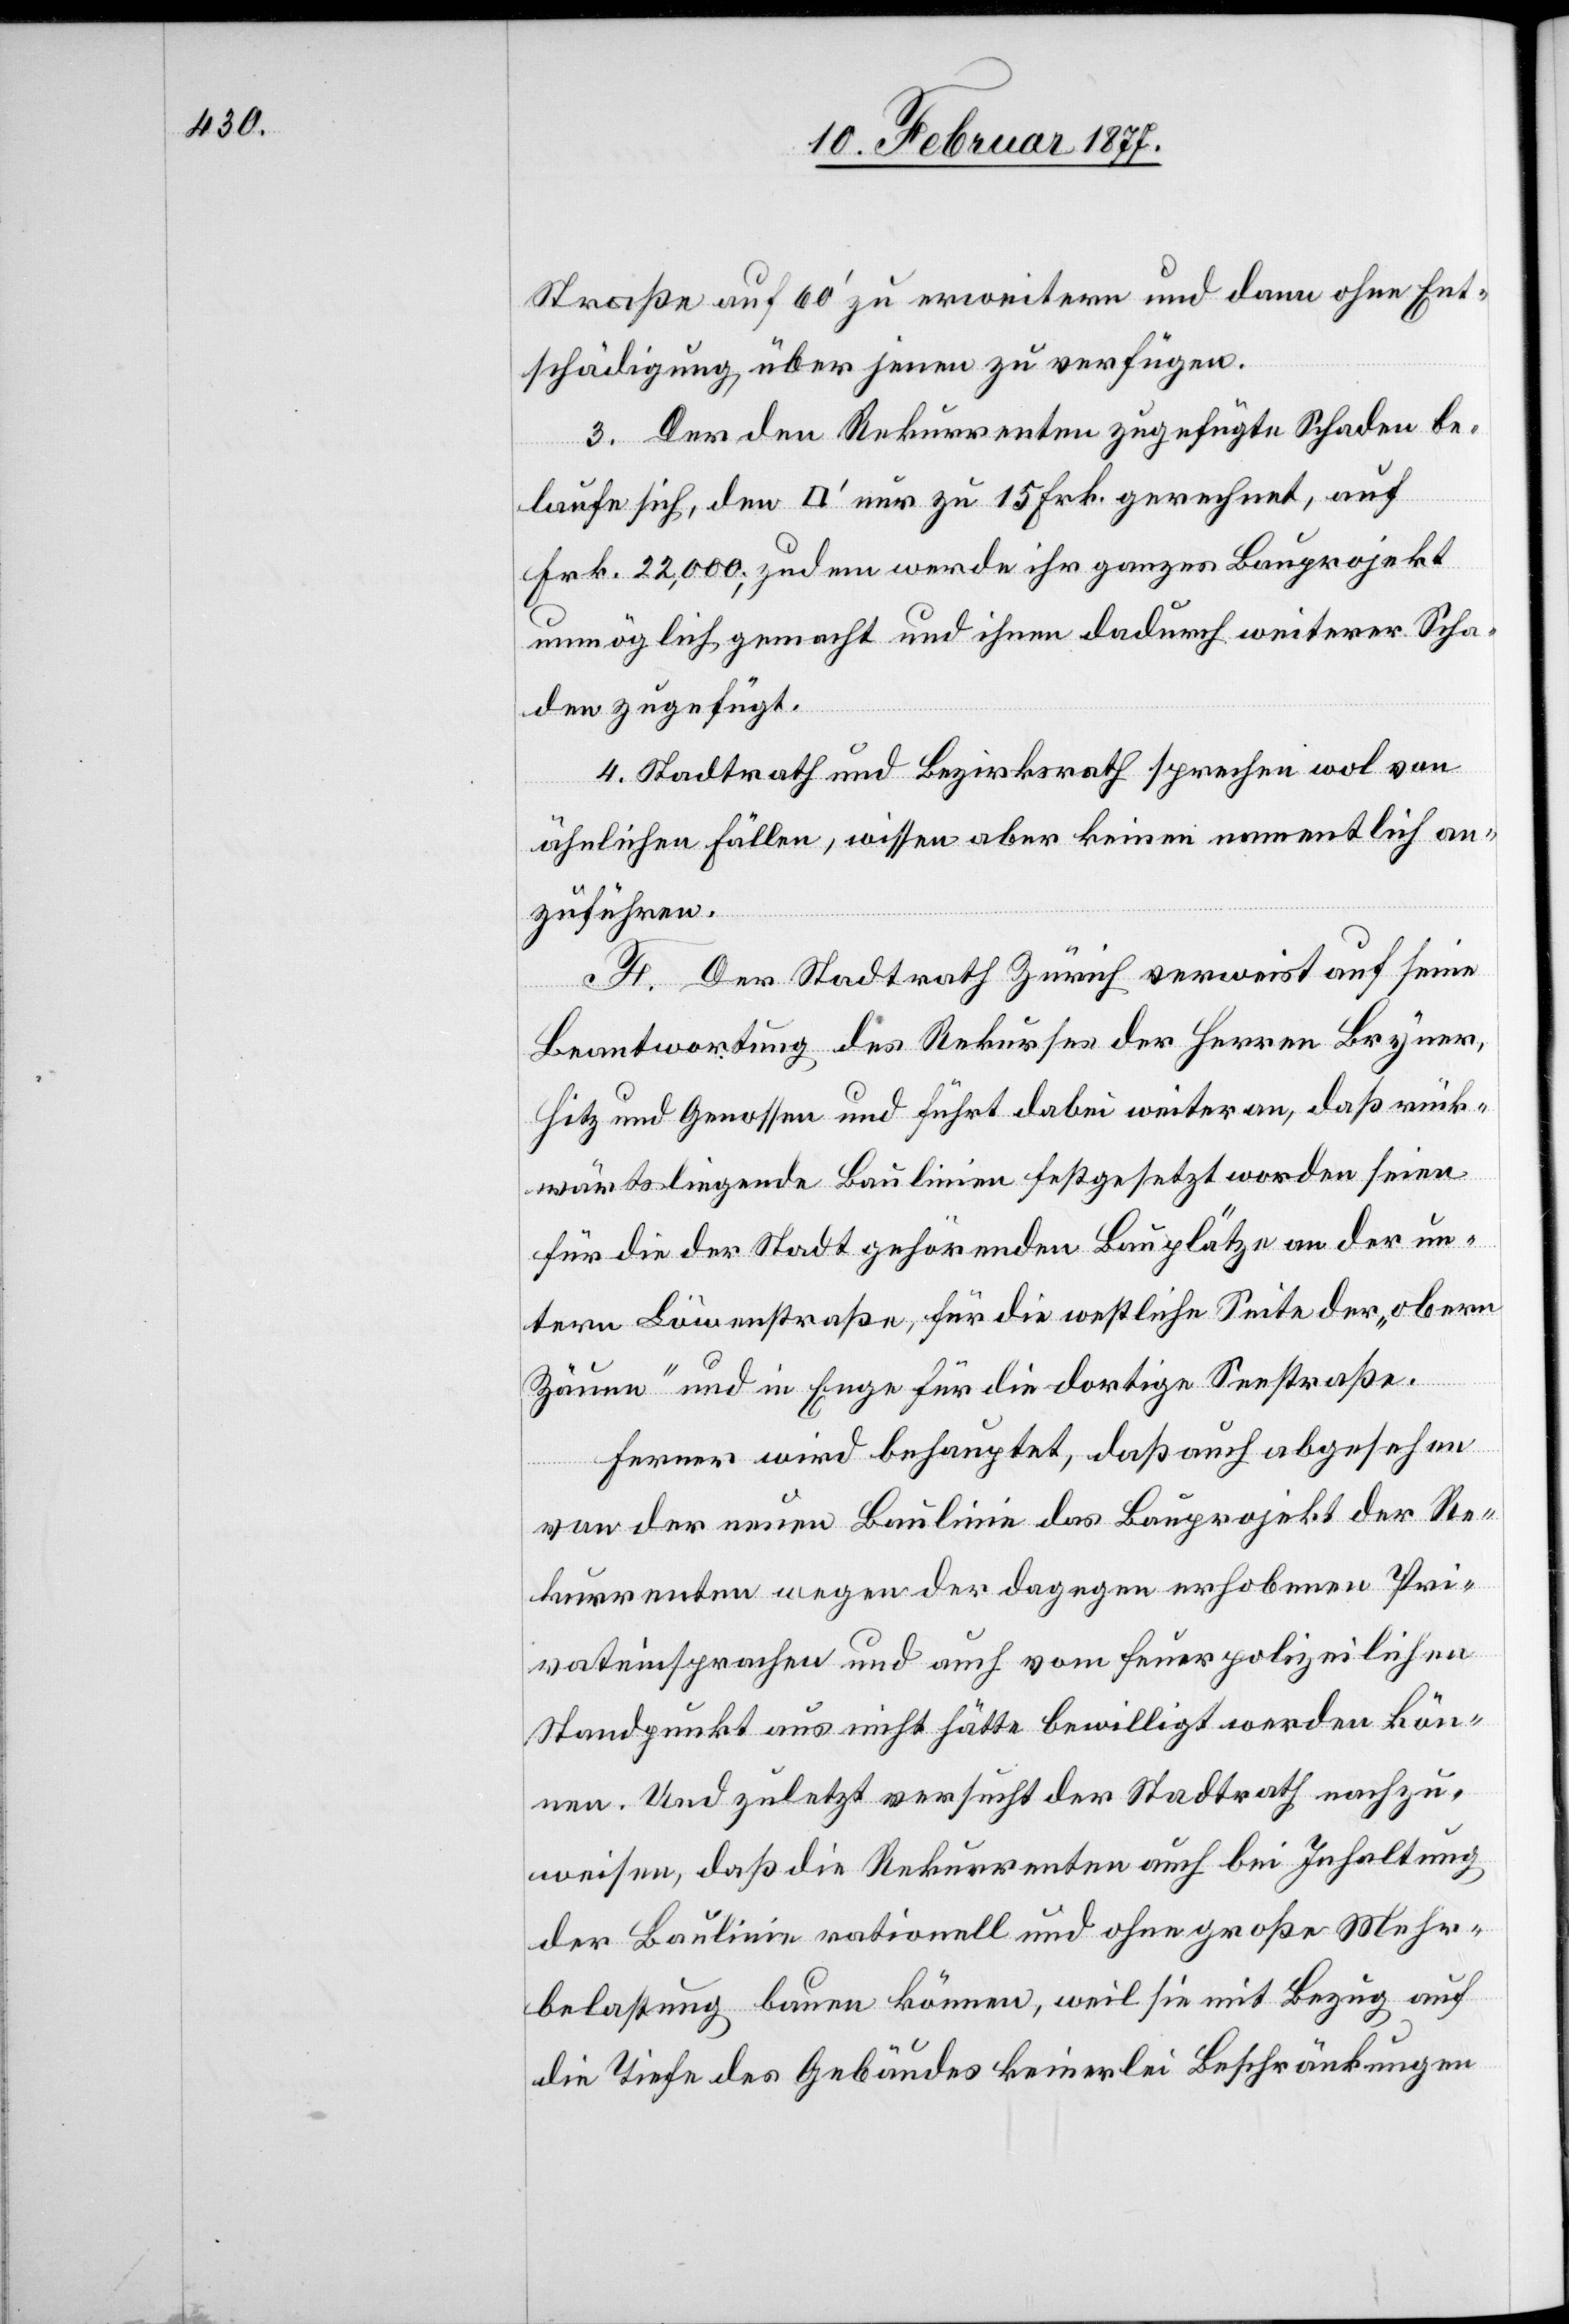
Straße auf 60’ zu erweitern und dann ohne Ent¬
schädigung, über jenen zu verfügen.
3. Der den Rekurrenten zugefügte Schaden be¬
laufe sich, den [Quadratfuss] nur zu 15 Frk. gerechnet, auf
Frk. 22,000; zudem werde ihr ganzes Bauprojekt
unmöglich gemacht und ihnen dadurch weiterer Scha¬
den zugefügt.
4. Stadtrath und Bezirksrath sprechen wol von
ähnlichen Fällen, wissen aber keinen namentlich an¬
zuführen.
F. Der Stadtrath Zürich verweist auf seine
Beantwortung des Rekurses der Herren Bryner,
Hitz und Genossen und führt dabei weiter an, daß rück¬
wärtsliegende Baulinien festgesetzt worden seien
für die der Stadt gehörenden Bauplätze an der un¬
tern Löwenstraße, für die westliche Seite der „obern
Zäune“ und in Enge für die dortige Seestraße.
Ferner wird behauptet, daß auch abgesehen
von der neuen Baulinie das Bauprojekt der Re¬
kurrenten wegen der dagegen erhobenen Pri¬
vateinsprachen und auch vom feuerpolizeilichen
Standpunkt aus nicht hätte bewilligt werden kön¬
nen. Und zuletzt versucht der Stadtrath nachzu¬
weisen, daß die Rekurrenten bei Inhaltung
der Baulinie rationell und ohne große Mehr¬
belastung bauen könne, weil sie mit Bezug auf
die Tiefe des Gebäudes keinerlei Beschränkungen